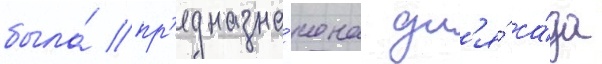
была́ пр'едназна́чена дл'я́ са́да